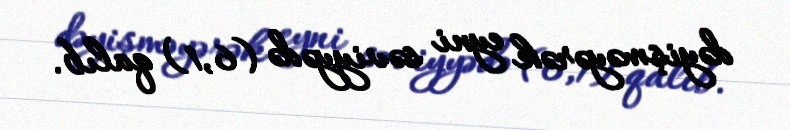
dəyişməyərək eyni səviyyədə (6,1) qalıb.